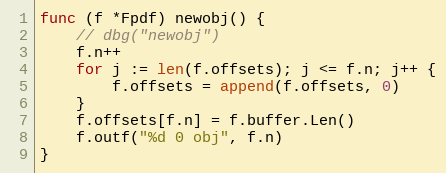
Language: Go
func (f *Fpdf) newobj() {
	// dbg("newobj")
	f.n++
	for j := len(f.offsets); j <= f.n; j++ {
		f.offsets = append(f.offsets, 0)
	}
	f.offsets[f.n] = f.buffer.Len()
	f.outf("%d 0 obj", f.n)
}